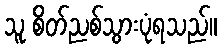
သူ စိတ်ညစ်သွားပုံရသည်။